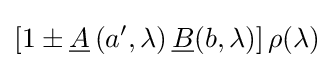
\left[1\pm {\underline {A}}\left(a',\lambda \right){\underline {B}}(b,\lambda )\right]\rho (\lambda )